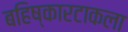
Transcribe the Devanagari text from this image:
बहिष्कारटाकला